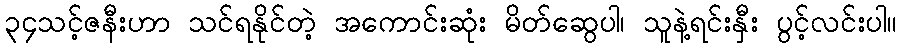
၃၄သင့်ဇနီးဟာ သင်ရနိုင်တဲ့ အကောင်းဆုံး မိတ်ဆွေပါ၊ သူနဲ့ရင်းနှီး ပွင့်လင်းပါ။